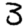
Digit: 3